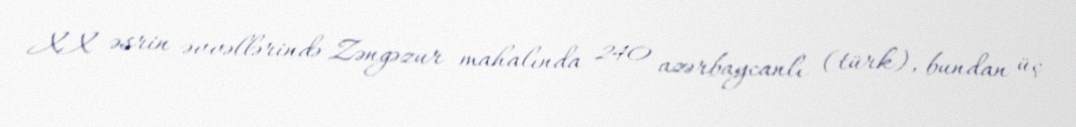
XX əsrin əvvəllərində Zəngəzur mahalında 240 azərbaycanlı (türk), bundan üç